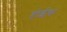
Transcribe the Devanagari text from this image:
होईक